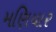
મણિયાર